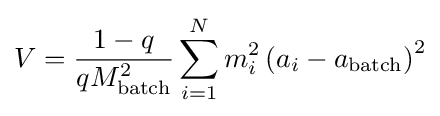
V={\frac {1-q}{qM_{\text{batch}}^{2}}}\sum _{i=1}^{N}m_{i}^{2}\left(a_{i}-a_{\text{batch}}\right)^{2}